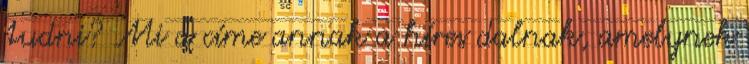
tudni? Mi a címe annak a híres dalnak, amelynek